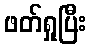
ဖတ်ရှုပြီး